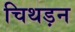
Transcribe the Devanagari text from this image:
चिथड़न